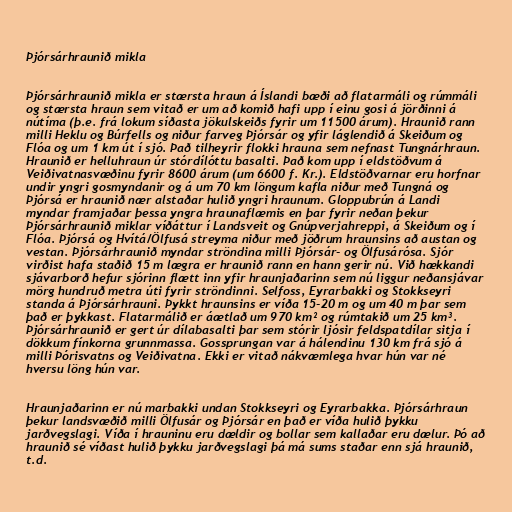
Þjórsárhraunið mikla

Þjórsárhraunið mikla er stærsta hraun á Íslandi bæði að flatarmáli og rúmmáli
og stærsta hraun sem vitað er um að komið hafi upp í einu gosi á jörðinni á
nútíma (þ.e. frá lokum síðasta jökulskeiðs fyrir um 11500 árum). Hraunið rann
milli Heklu og Búrfells og niður farveg Þjórsár og yfir láglendið á Skeiðum og
Flóa og um 1 km út í sjó. Það tilheyrir flokki hrauna sem nefnast Tungnárhraun.
Hraunið er helluhraun úr stórdílóttu basalti. Það kom upp í eldstöðvum á
Veiðivatnasvæðinu fyrir 8600 árum (um 6600 f. Kr.). Eldstöðvarnar eru horfnar
undir yngri gosmyndanir og á um 70 km löngum kafla niður með Tungná og
Þjórsá er hraunið nær alstaðar hulið yngri hraunum. Gloppubrún á Landi
myndar framjaðar þessa yngra hraunaflæmis en þar fyrir neðan þekur
Þjórsárhraunið miklar víðáttur í Landsveit og Gnúpverjahreppi, á Skeiðum og í
Flóa. Þjórsá og Hvítá/Ölfusá streyma niður með jöðrum hraunsins að austan og
vestan. Þjórsárhraunið myndar ströndina milli Þjórsár- og Ölfusárósa. Sjór
virðist hafa staðið 15 m lægra er hraunið rann en hann gerir nú. Við hækkandi
sjávarborð hefur sjórinn flætt inn yfir hraunjaðarinn sem nú liggur neðansjávar
mörg hundruð metra úti fyrir ströndinni. Selfoss, Eyrarbakki og Stokkseyri
standa á Þjórsárhrauni. Þykkt hraunsins er víða 15-20 m og um 40 m þar sem
það er þykkast. Flatarmálið er áætlað um 970 km² og rúmtakið um 25 km³.
Þjórsárhraunið er gert úr dílabasalti þar sem stórir ljósir feldspatdílar sitja í
dökkum fínkorna grunnmassa. Gossprungan var á hálendinu 130 km frá sjó á
milli Þórisvatns og Veiðivatna. Ekki er vitað nákvæmlega hvar hún var né
hversu löng hún var.

Hraunjaðarinn er nú marbakki undan Stokkseyri og Eyrarbakka. Þjórsárhraun
þekur landsvæðið milli Ölfusár og Þjórsár en það er víða hulið þykku
jarðvegslagi. Víða í hrauninu eru dældir og bollar sem kallaðar eru dælur. Þó að
hraunið sé víðast hulið þykku jarðvegslagi þá má sums staðar enn sjá hraunið,
t.d.